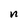
Character: n